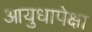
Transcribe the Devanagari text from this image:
आयुधापेक्षा